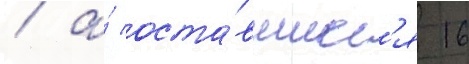
/ а́ оста́вшиес'я 16